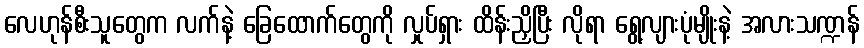
လေဟုန်စီးသူတွေက လက်နဲ့ ခြေထောက်တွေကို လှုပ်ရှား ထိန်းညှိပြီး လိုရာ ရွေ့လျားပုံမျိုးနဲ့ အလားသဏ္ဍန်